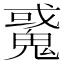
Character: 䰥